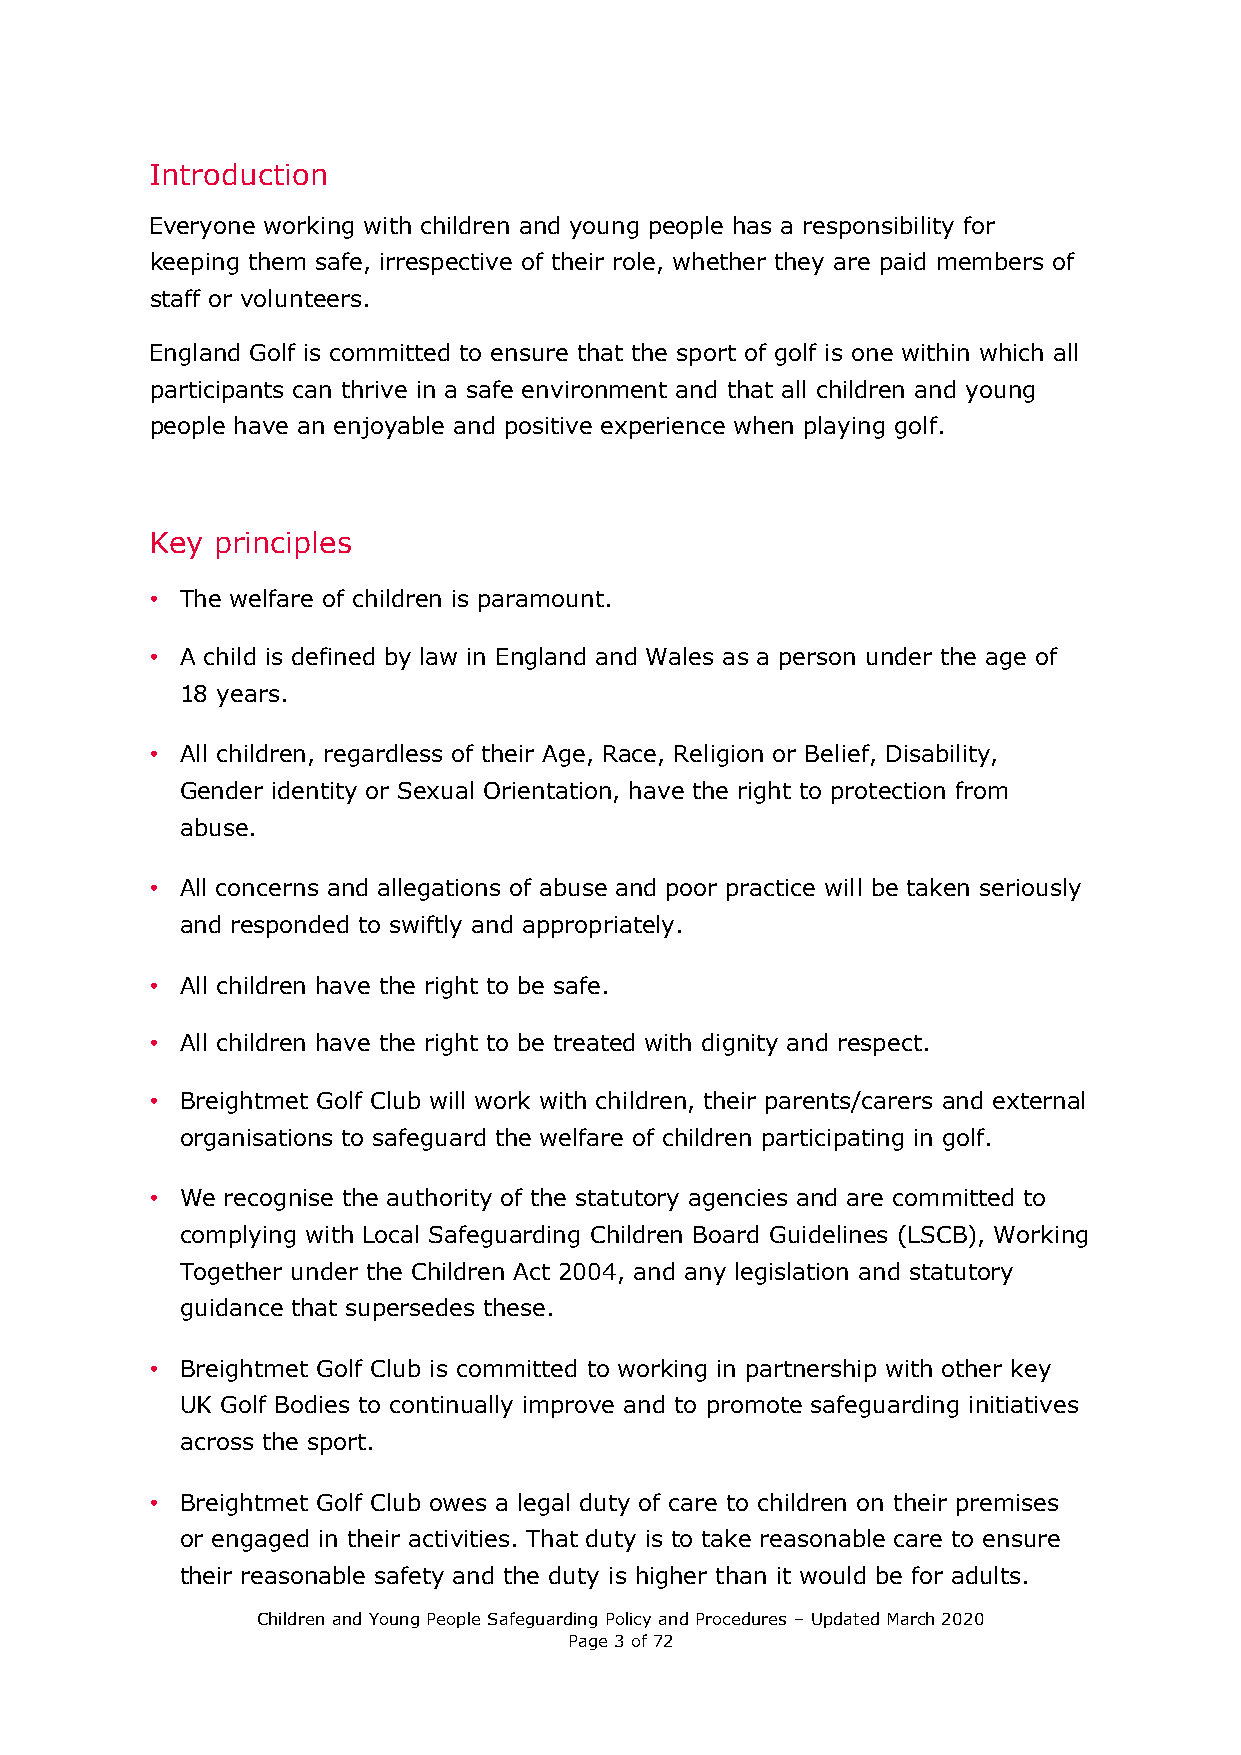
Introduction
 Everyone working with children and young people has a responsibility for
 keeping them safe, irrespective of their role, whether they are paid members of
 staff or volunteers.
 England Golf is committed to ensure that the sport of golf is one within which all
 participants can thrive in a safe environment and that all children and young
 people have an enjoyable and positive experience when playing golf.
 Key principles
 • The welfare of children is paramount.
 • A child is defined by law in England and Wales as a person under the age of
 18 years.
 • All children, regardless of their Age, Race, Religion or Belief, Disability,
 Gender identity or Sexual Orientation, have the right to protection from
 abuse.
 • All concerns and allegations of abuse and poor practice will be taken seriously
 and responded to swiftly and appropriately.
 • All children have the right to be safe.
 • All children have the right to be treated with dignity and respect.
 • Breightmet Golf Club will work with children, their parents/carers and external
 organisations to safeguard the welfare of children participating in golf.
 • We recognise the authority of the statutory agencies and are committed to
 complying with Local Safeguarding Children Board Guidelines (LSCB), Working
 Together under the Children Act 2004, and any legislation and statutory
 guidance that supersedes these.
 • Breightmet Golf Club is committed to working in partnership with other key
 UK Golf Bodies to continually improve and to promote safeguarding initiatives
 across the sport.
 • Breightmet Golf Club owes a legal duty of care to children on their premises
 or engaged in their activities. That duty is to take reasonable care to ensure
 their reasonable safety and the duty is higher than it would be for adults.
 Children and Young People Safeguarding Policy and Procedures – Updated March 2020
 Page 3 of 72